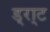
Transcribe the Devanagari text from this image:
ड्रा्ट